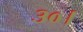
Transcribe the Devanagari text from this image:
३०।